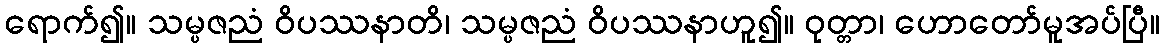
ရောက်၍။ သမ္ပဇညံ ဝိပဿနာတိ၊ သမ္ပဇညံ ဝိပဿနာဟူ၍။ ဝုတ္တာ၊ ဟောတော်မူအပ်ပြီ။